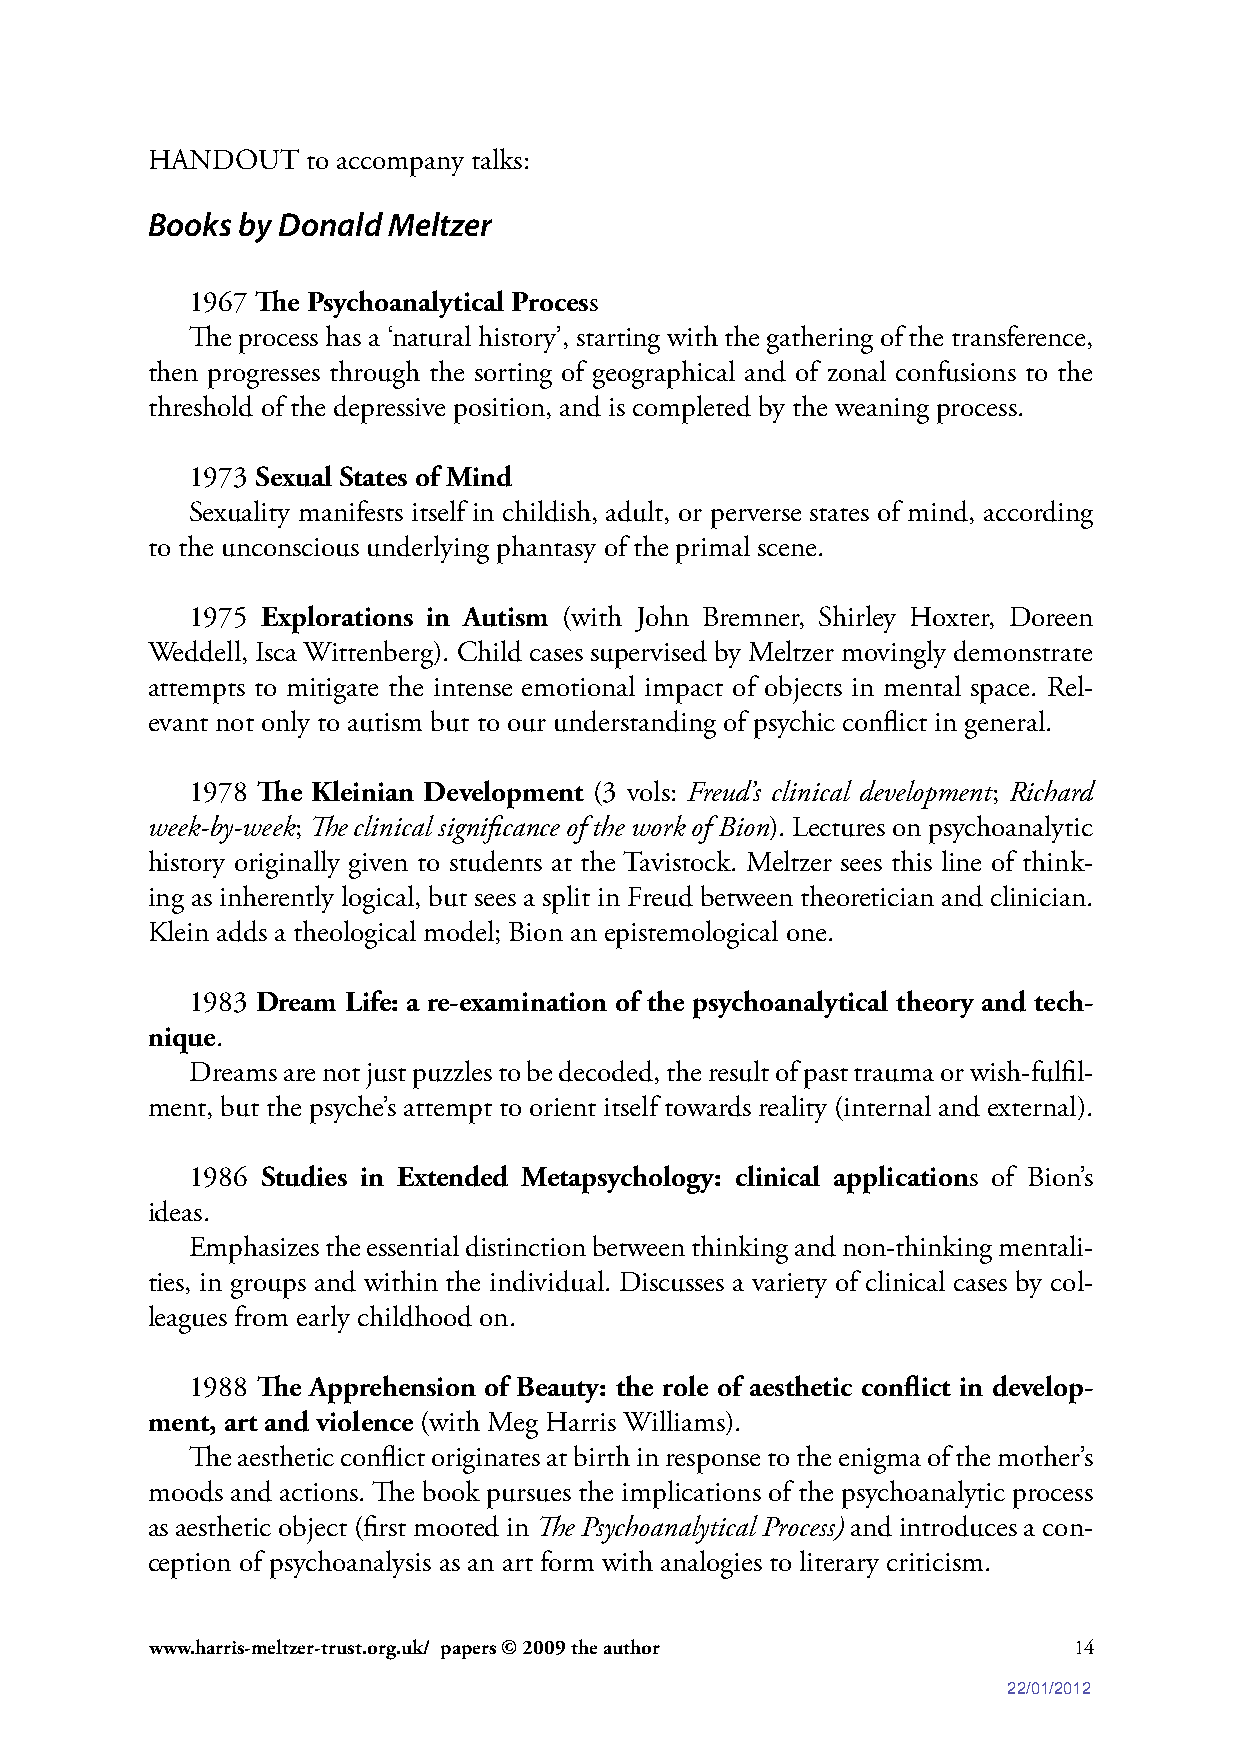
HANDOUT   to accompany talks:
 Books by Donald Meltzer
 1967 The Psychoanalytical Process
 The process has a ‘natural history’, starting with the gathering of the transference,
 then progresses through the sorting of geographical and of zonal confusions to the
 threshold of the depressive position, and is completed by the weaning process.
 1973 Sexual States of Mind
 Sexuality manifests itself in childish, adult, or perverse states of mind, according
 to the unconscious underlying phantasy of the primal scene.
 1975 Explorations in Autism (with John Bremner, Shirley Hoxter, Doreen
 Weddell, Isca Wittenberg). Child cases supervised by Meltzer movingly demonstrate
 attempts to mitigate the intense emotional impact of objects in mental space. Rel-
 evant not only to autism but to our understanding of psychic conflict in general.
 1978 The Kleinian Development (3 vols: Freud’s clinical development; Richard
 week-by-week; The clinical significance of the work of Bion). Lectures on psychoanalytic
 history originally given to students at the Tavistock. Meltzer sees this line of think-
 ing as inherently logical, but sees a split in Freud between theoretician and clinician.
 Klein adds a theological model; Bion an epistemological one.
 1983 Dream Life: a re-examination of the psychoanalytical theory and tech-
 nique.
 Dreams are not just puzzles to be decoded, the result of past trauma or wish-fulfil-
 ment, but the psyche’s attempt to orient itself towards reality (internal and external).
 1986 Studies in Extended Metapsychology: clinical applications of Bion’s
 ideas.
 Emphasizes the essential distinction between thinking and non-thinking mentali-
 ties, in groups and within the individual. Discusses a variety of clinical cases by col-
 leagues from early childhood on.
 1988 The Apprehension of Beauty: the role of aesthetic conflict in develop-
 ment, art and violence (with Meg Harris Williams).
 The aesthetic conflict originates at birth in response to the enigma of the mother’s
 moods and actions. The book pursues the implications of the psychoanalytic process
 as aesthetic object (first mooted in The Psychoanalytical Process) and introduces a con-
 ception of psychoanalysis as an art form with analogies to literary criticism.
 www.harris-meltzer-trust.org.uk/ papers © 2009 the author    14
 22/01/2012